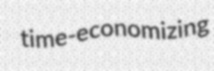
time-economizing